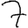
Digit: 7